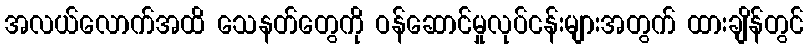
အလယ်လောက်အထိ သေနတ်တွေကို ဝန်ဆောင်မှုလုပ်ငန်းများအတွက် ထားချိန်တွင်